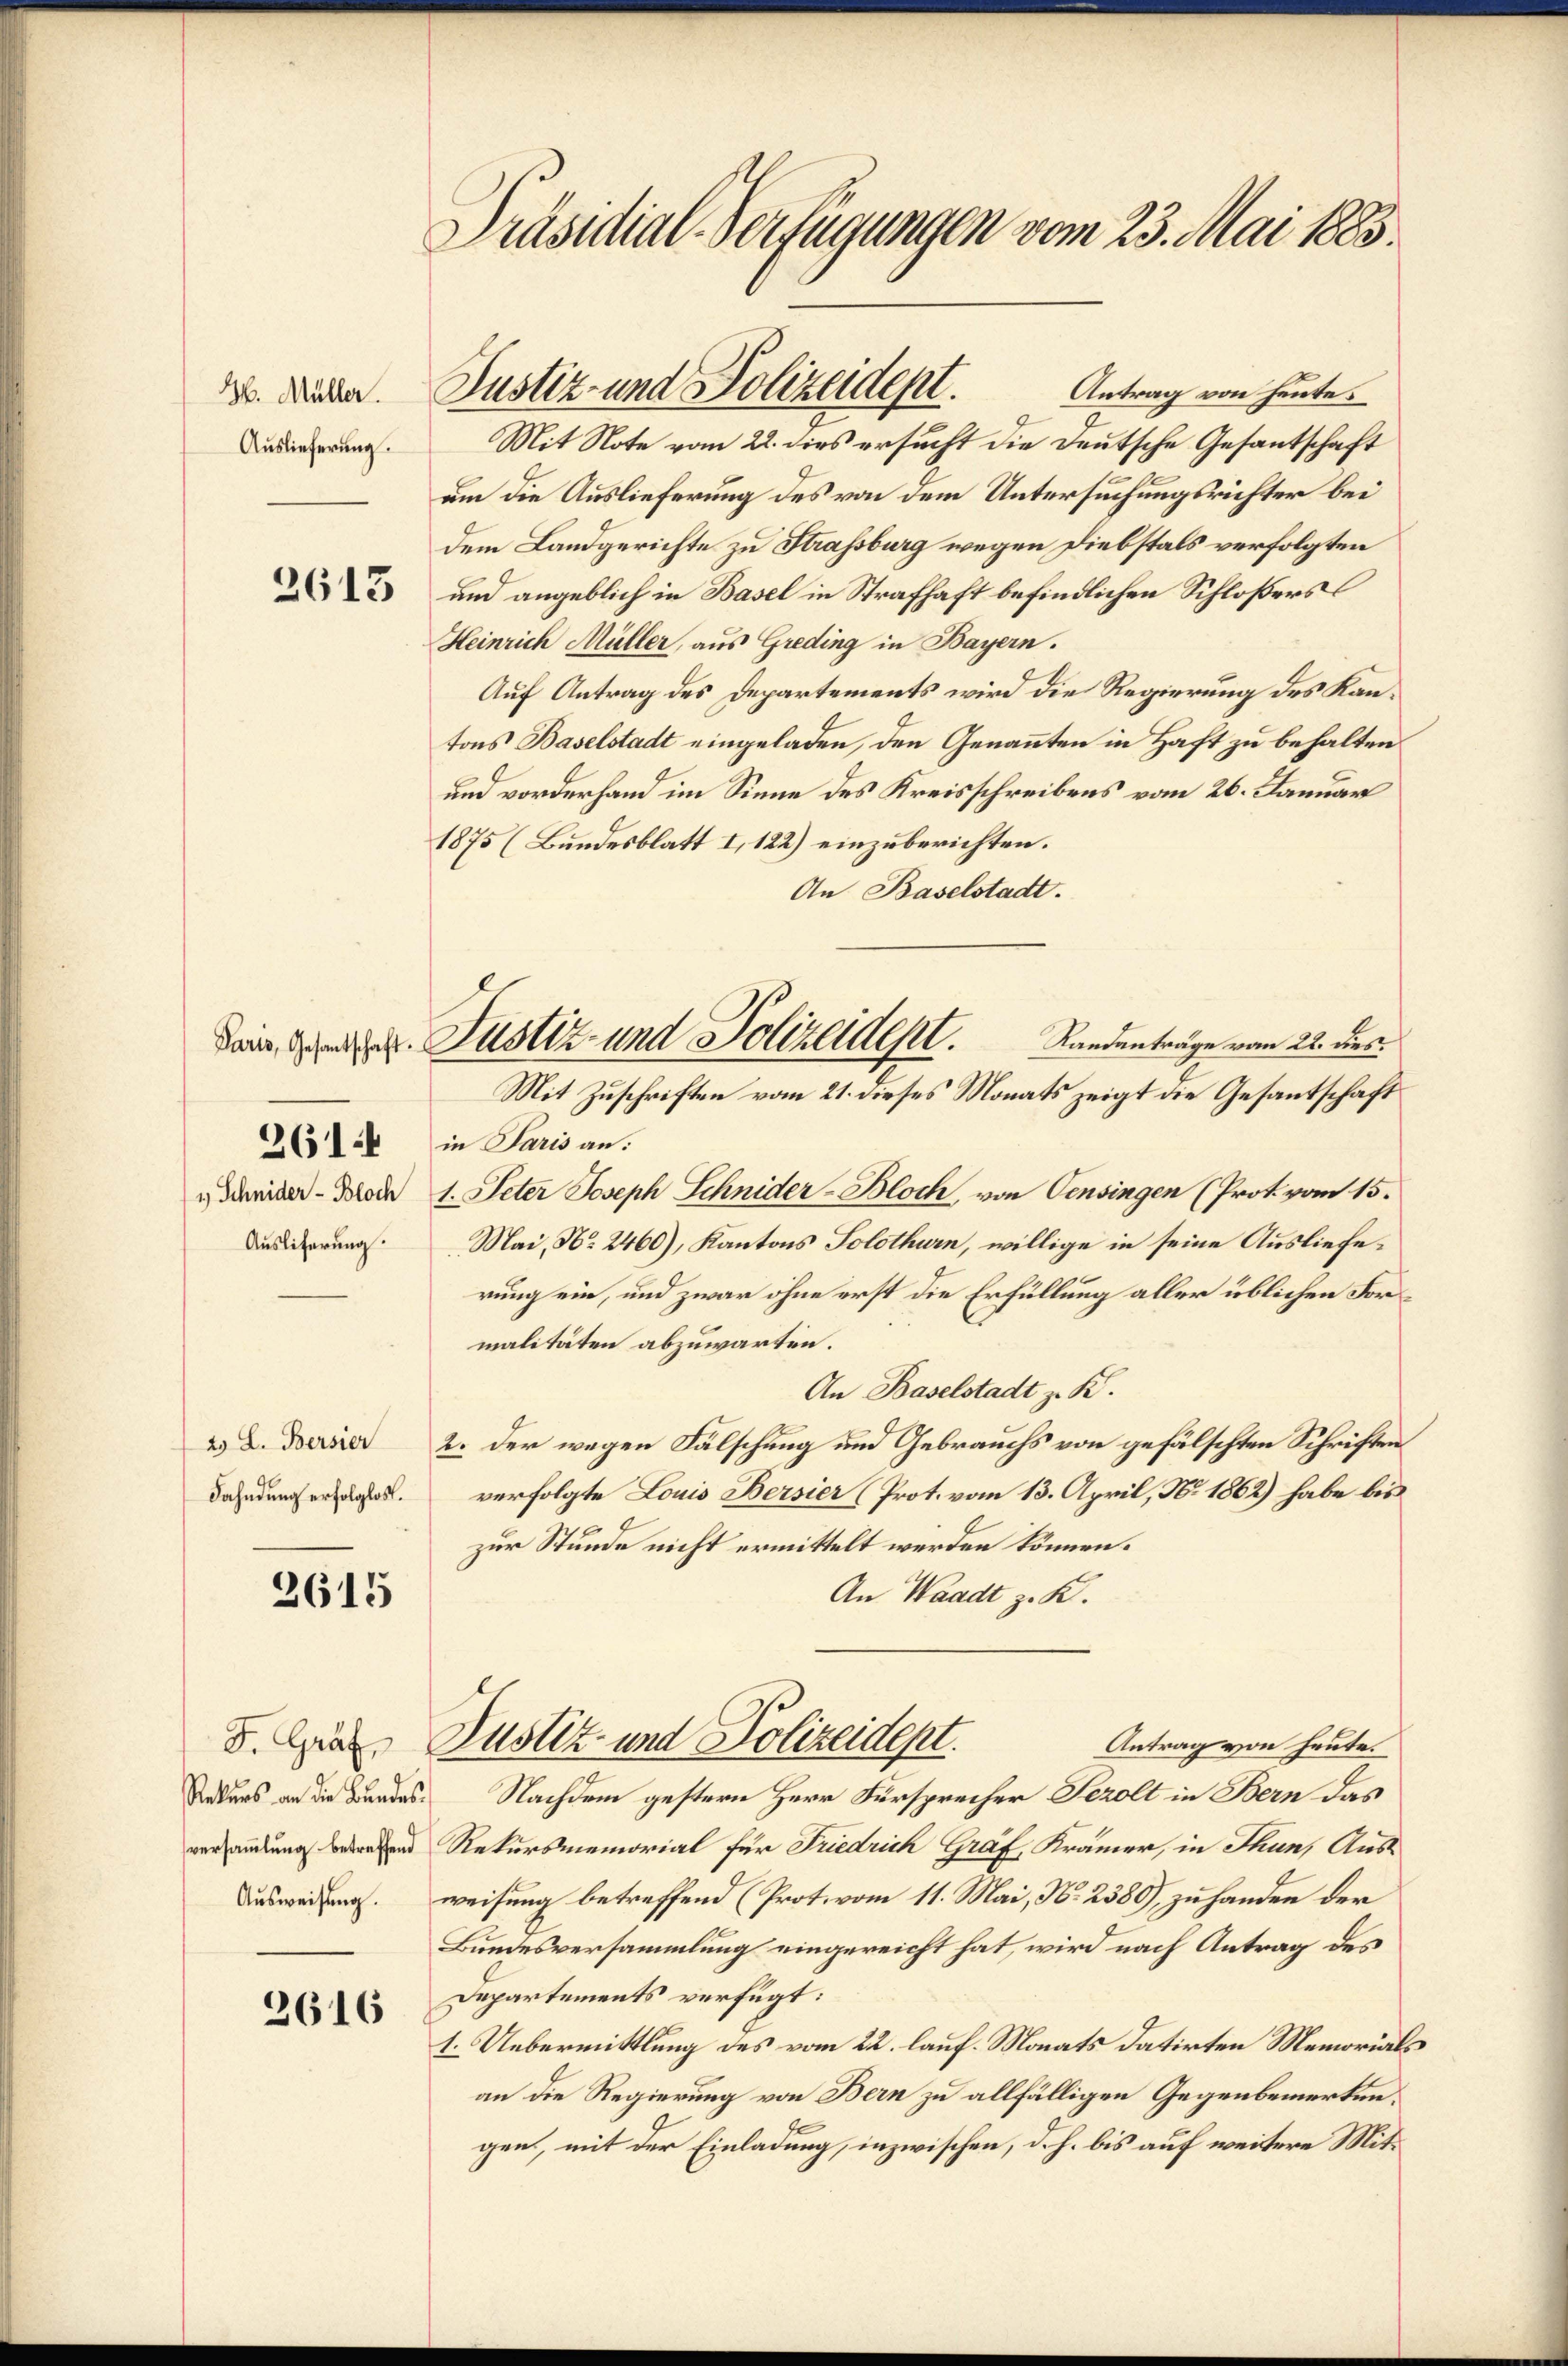
H. Müller.
Auslieferung.

2613

1 Schnider- Bloch
Auslieferung.

261

2. L. Bersier
Fahndung erfolglos.

2615

S. Gräf
Rekurs an die Bundesversammlung betreffend
Ausweisung.

2616

Präsidial-Verfügungen vom 23. Mai 1883.

Justiz- und Polizeidept.

Dein grenz. Justiz- und Polizeident.
Mit Zuschriften vom 21. dieses Monats zeigt die Gesantschaft

Antrag von Heutes
Mit Note vom 22. dies ersucht die Deutsche Gesantschaft
um die Auslieferung des von dem Untersuchungsrichter bei
dem Landgerichte zu Strassburg wegen Diebstals verfolgten
und angeblich in Basel in Strafhaft befindlichen Schloßers
Heinrich Müller, aus Greding in Bayern.
Auf Antrag des Departements wird die Regierung des Kantons Baselstadt eingeladen, den Genannten in Haft zu behalten
und vorderhand im Sinne des Kreisschreibens vom 26. Januar
1875 (Bundesblatt I 122) einzuberichten.
An Baselstadt.
Randanträge vom 22. dies.
in Paris an:
1. Peter Joseph Schnider-Bloch, von Censingen (Prot. vom 15.
Mai, No 2460), Kantons Solothurn, willige in seine Auslieferung ein, und zwar ohne erst die Erfüllung aller üblichen For
malitäten abzuwarten.
An Baselstadt z. K.
2. der wegen Fälschung und Gebrauchs von gefälschten Schriften
verfolgte Louis Bersier (Prot. vom 13. April, No. 1862) habe bis
zur Stunde nicht ermittelt werden können.
An Waadt z. K.
Justiz- und Polizeidept.
Antrag von heute.
Nachdem gestern Herr Fürsprecher Sezolt in Bern das
Rekursmemorial für Friedrich Graf, Krämer, in Thun, Ausweisung betreffend (Protovom 11. Mai, N. 2380), zu handen der
Bundesversammlung eingereicht hat, wird nach Antrag des
Departements verfügt:
1. Uebermittlung des vom 22. lauf. Monats datirten Memorials
an die Regierung von Bern zu allfälligen Gegenbemerkengen, mit der Einladung, inzwischen, d. h. bis auf weitere Mit¬